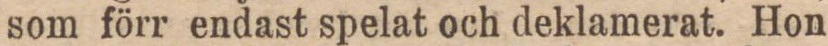
som förr endast spelat och deklamerat. Hon